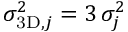
\sigma _ { \mathrm { 3 D } , j } ^ { 2 } = 3 \, \sigma _ { j } ^ { 2 }